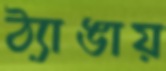
ঠ্যাঙায়